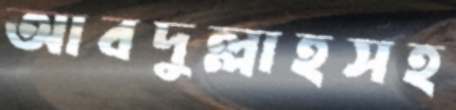
আবদুল্লাহসহ